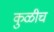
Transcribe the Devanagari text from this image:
कुळीच